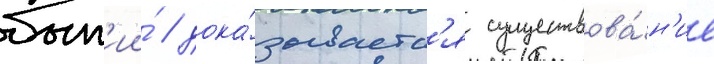
быт'ии́ / дока́зываетс'я существова́н'ие